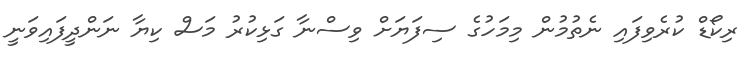
ރިކޯޑް ކުރެވިފައި ނެތުމުން މިމަހުގެ ސިފަޔަށް ވިސްނާ ގަޅިކުރު މަސް ކިޔާ ނަންދީފައިވަނީ